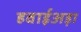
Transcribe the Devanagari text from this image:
हवाईअड़ा